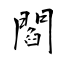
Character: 閻